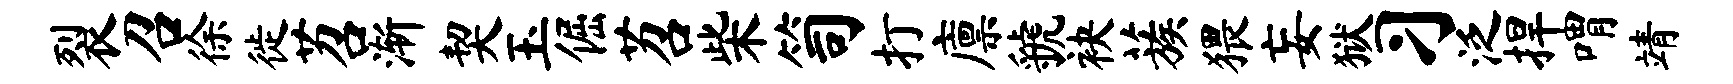
裂召徐徙苕渐契玉倔苕柴笥打廪虢袂蔟猥妄狱习泛捍喟靖